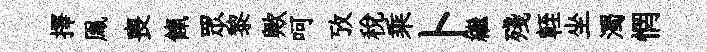
擇鳯喪餼眾黎歟呵攷稅乘卜繼殘輊坐濁惘